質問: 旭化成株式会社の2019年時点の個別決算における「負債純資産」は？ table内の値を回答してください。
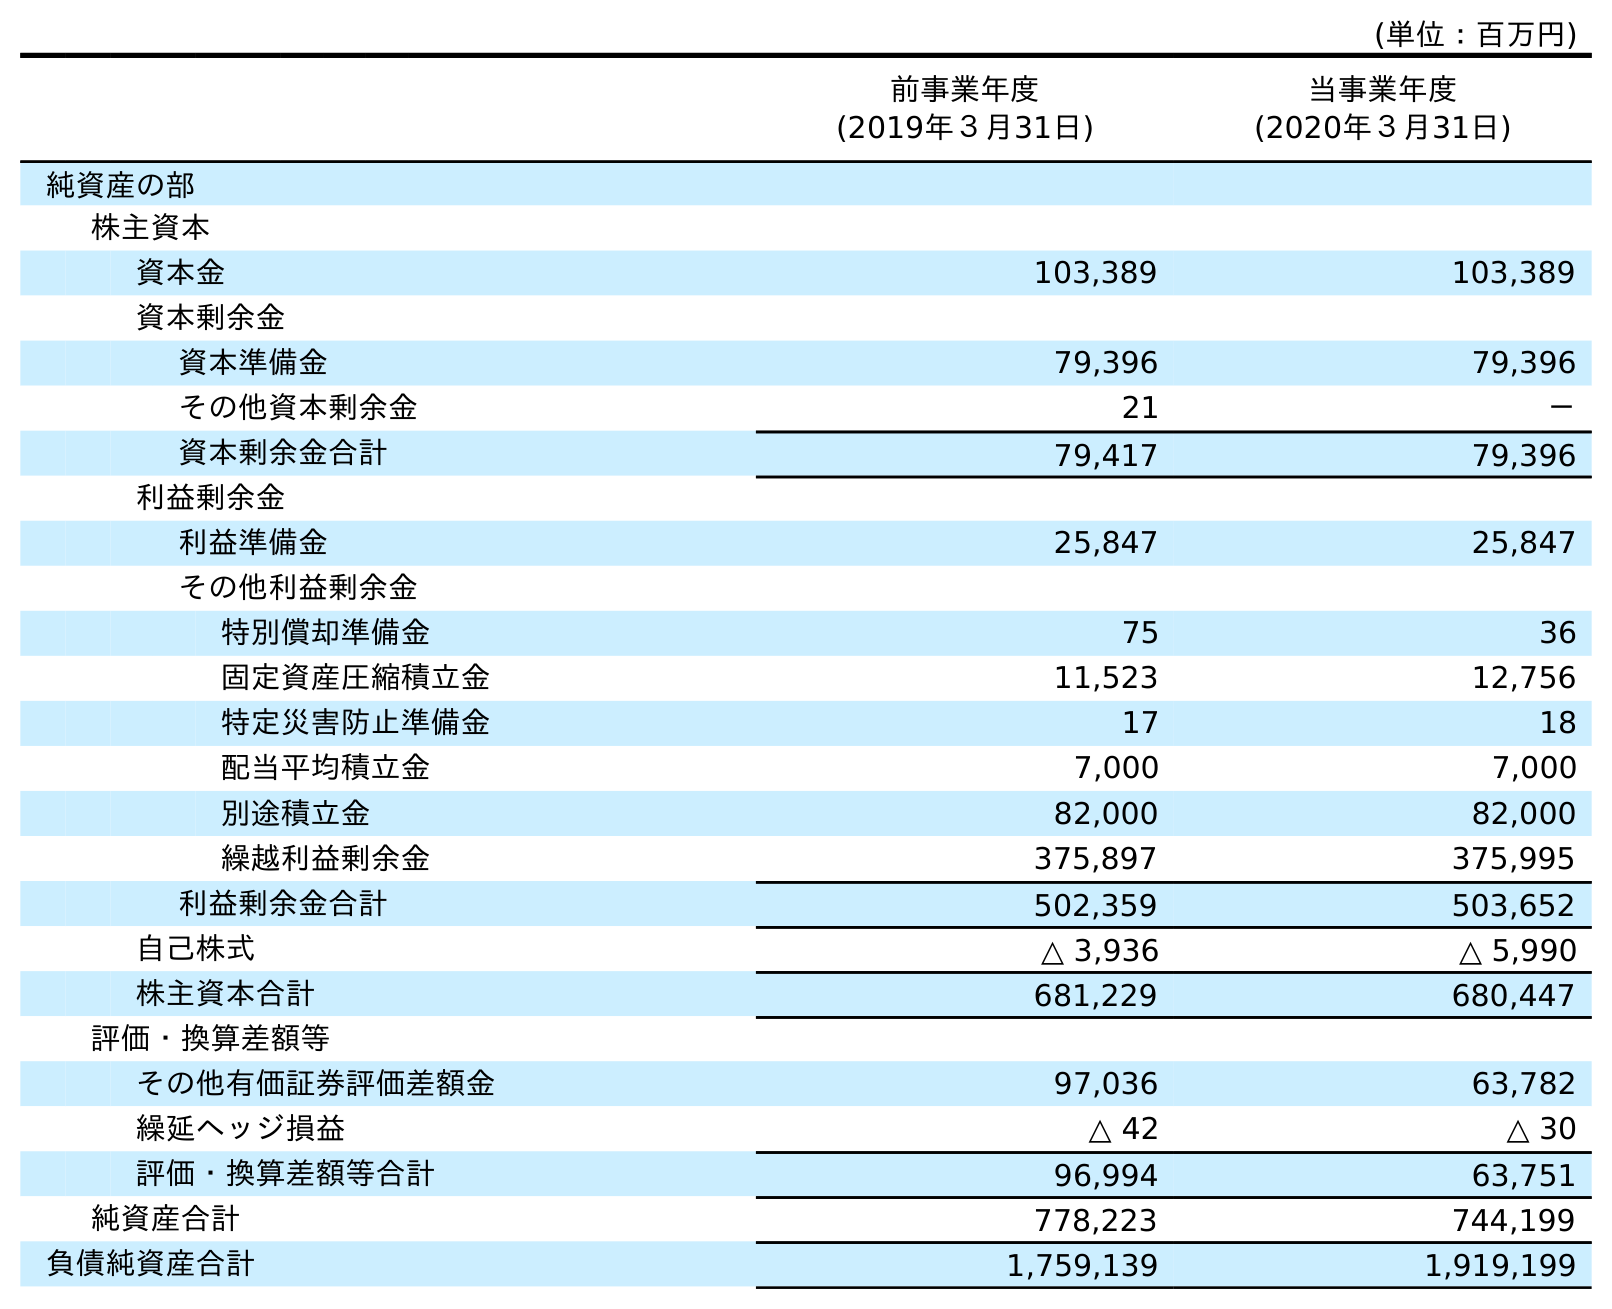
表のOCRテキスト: (単位：百万円) 前事業年度 (2019年３月31日) 当事業年度 (2020年３月31日) 純資産の部 株主資本 資本金 103,389 103,389 資本剰余金 資本準備金 79,396 79,396 その他資本剰余金 21 － 資本剰余金合計 79,417 79,396 利益剰余金 利益準備金 25,847 25,847 その他利益剰余金 特別償却準備金 75 36 固定資産圧縮積立金 11,523 12,756 特定災害防止準備金 17 18 配当平均積立金 7,000 7,000 別途積立金 82,000 82,000 繰越利益剰余金 375,897 375,995 利益剰余金合計 502,359 503,652 自己株式 △ 3,936 △ 5,990 株主資本合計 681,229 680,447 評価・換算差額等 その他有価証券評価差額金 97,036 63,782 繰延ヘッジ損益 △ 42 △ 30 評価・換算差額等合計 96,994 63,751 純資産合計 778,223 744,199 負債純資産合計 1,759,139 1,919,199
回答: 1,759,139